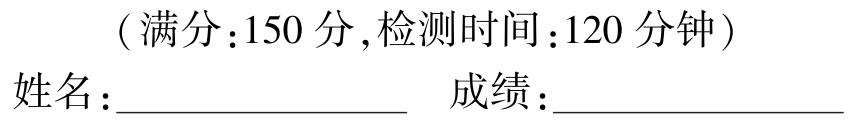
（满分：150 分，检测时间：120 分钟）

姓名：____________________  成绩：____________________